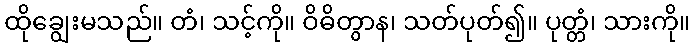
ထိုချွေးမသည်။ တံ၊ သင့်ကို။ ဝိဓိတွာန၊ သတ်ပုတ်၍။ ပုတ္တံ၊ သားကို။